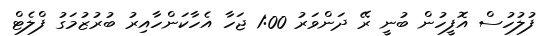
ފުލުހުސް އޮފީހުން ބުނީ ރޭ ދަންވަރު 1:00 ޖަހާ އެހާކަންހާއިރު ބުރުޒުމަގު ފްލެޓް